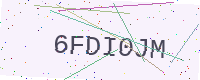
Text: 6FDI0JM